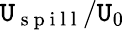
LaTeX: \mathtt{U}_{\mathrm{{~s~p~i~l~l~}}}/\mathtt{U}_{0}